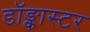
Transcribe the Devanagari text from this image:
डॉङ्कास्टर